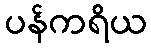
ပန်ကရိယ